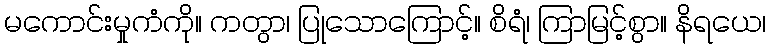
မကောင်းမှုကံကို။ ကတွာ၊ ပြုသောကြောင့်။ စိရံ၊ ကြာမြင့်စွာ။ နိရယေ၊